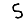
Digit: 5